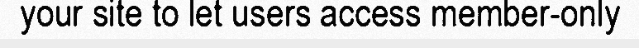
your site to let users access member-only